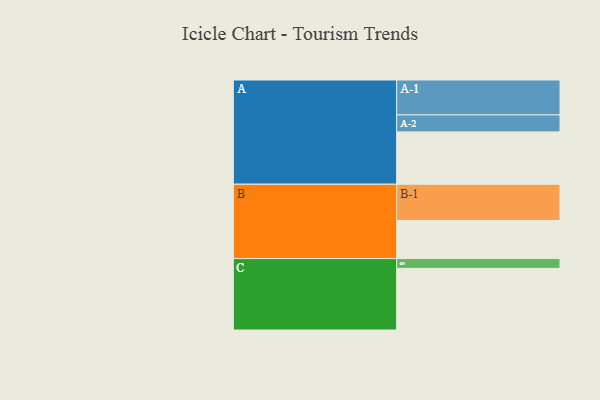
{"axis": {"x": "Segment", "y": "Value"}, "legend": ["", "A", "B", "C"], "data": [{"x": "A", "y": 429, "type": ""}, {"x": "B", "y": 312, "type": ""}, {"x": "C", "y": 505, "type": ""}, {"x": "A-1", "y": 286, "type": "A"}, {"x": "A-2", "y": 139, "type": "A"}, {"x": "B-1", "y": 297, "type": "B"}, {"x": "C-1", "y": 80, "type": "C"}]}